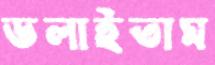
ডলাইতাম